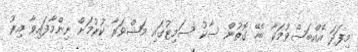
މިފަދަ އެއްބަސްވުމަކާ ބެހޭ ގޮތުން ސާކު ސަމިޓުގައި މަޝްވަރާ ކުރުމަށް ނިންމާފައިވާ އިރު